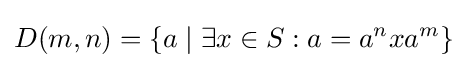
D(m,n)=\{a\mid \exists x\in S:a=a^{n}xa^{m}\}